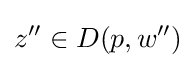
z''\in D(p,w'')